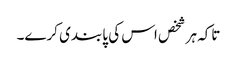
تاکہ ہر شخص اس کی پابندی کرے۔